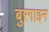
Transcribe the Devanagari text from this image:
बुरगाइन